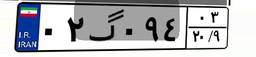
۱۷گ۴۹۱۷۸